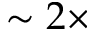
\sim 2 \times